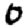
Digit: 0